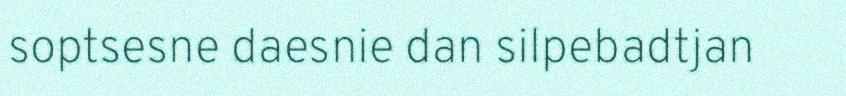
soptsesne daesnie dan silpebadtjan